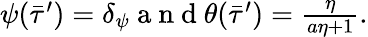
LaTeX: \begin{array}{r}{\psi(\bar{\tau}^{\prime})=\delta_{\psi}\mathrm{~a~n~d~}\theta(\bar{\tau}^{\prime})=\frac{\eta}{a\eta+1}.}\end{array}